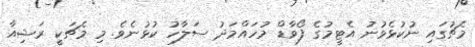
މެޗުގައި ނުކުޅެވުނު އެޓީމުގެ ފޯވާޑް މުހައްމަދު ސަލާހު ކުޅުނެވެ. މި މެޗަކީ ރަޝިއާ